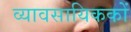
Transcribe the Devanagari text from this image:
व्यावसायिककों